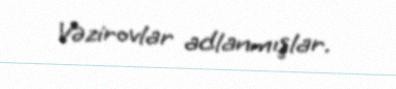
Vəzirovlar adlanmışlar.